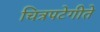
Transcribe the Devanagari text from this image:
चित्रपटेगीते